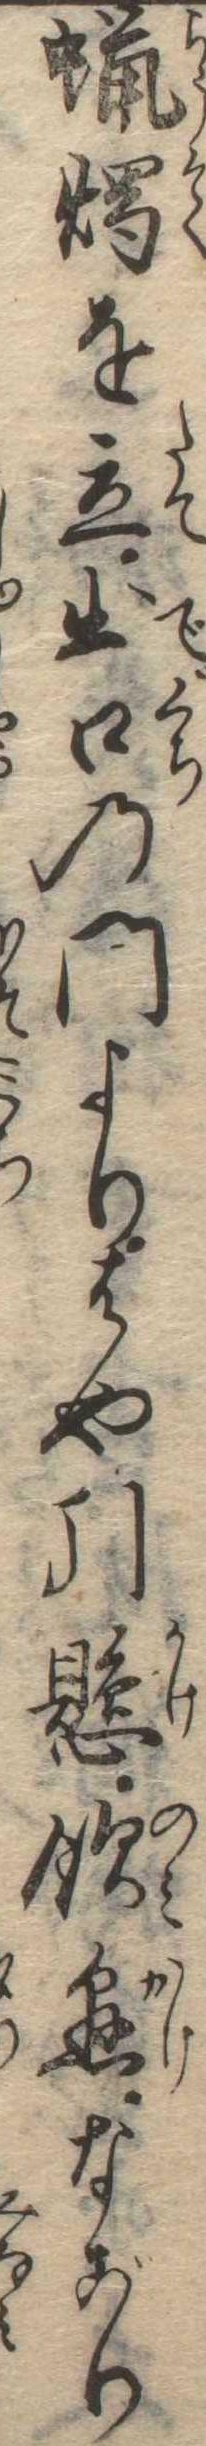
蝋燭を立出口の門よりはや引懸飲懸なごり